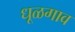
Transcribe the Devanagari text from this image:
धूळगाव